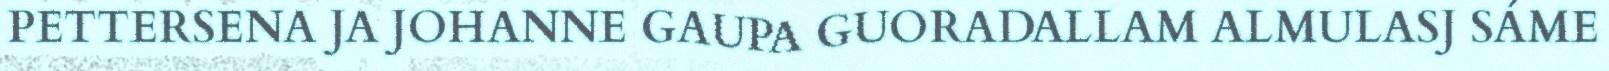
PETTERSENA JA JOHANNE GAUPA GUORADALLAM ALMULASJ SÁME